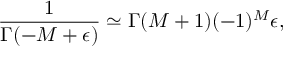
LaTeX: \frac 1 { \Gamma ( - M + \epsilon ) } \simeq \Gamma ( M + 1 ) ( - 1 ) ^ { M } \epsilon ,